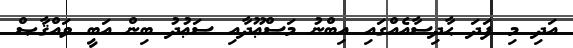
އަދި މި ފަދަ ޙާދިސާއެއްގައި އިބްނު މަސްޢޫދާއި ސަޢުދު ބިން އަބީ ވައްޤާޞް